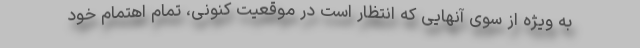
به ویژه از سوی آنهایی که انتظار است در موقعیت کنونی، تمام اهتمام خود